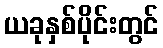
ယခုနှစ်ပိုင်းတွင်